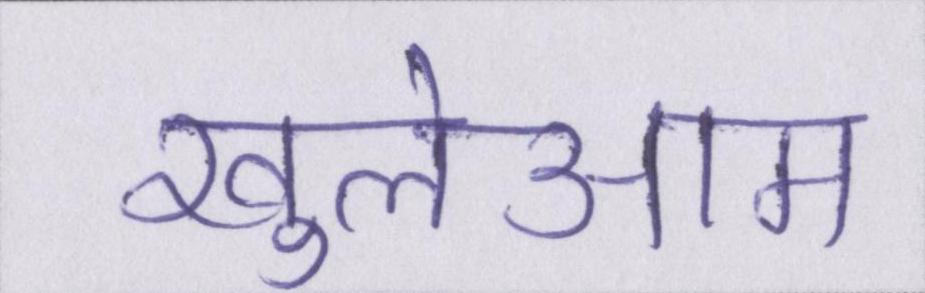
खुलेआम